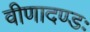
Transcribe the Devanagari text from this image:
वीणादण्डः